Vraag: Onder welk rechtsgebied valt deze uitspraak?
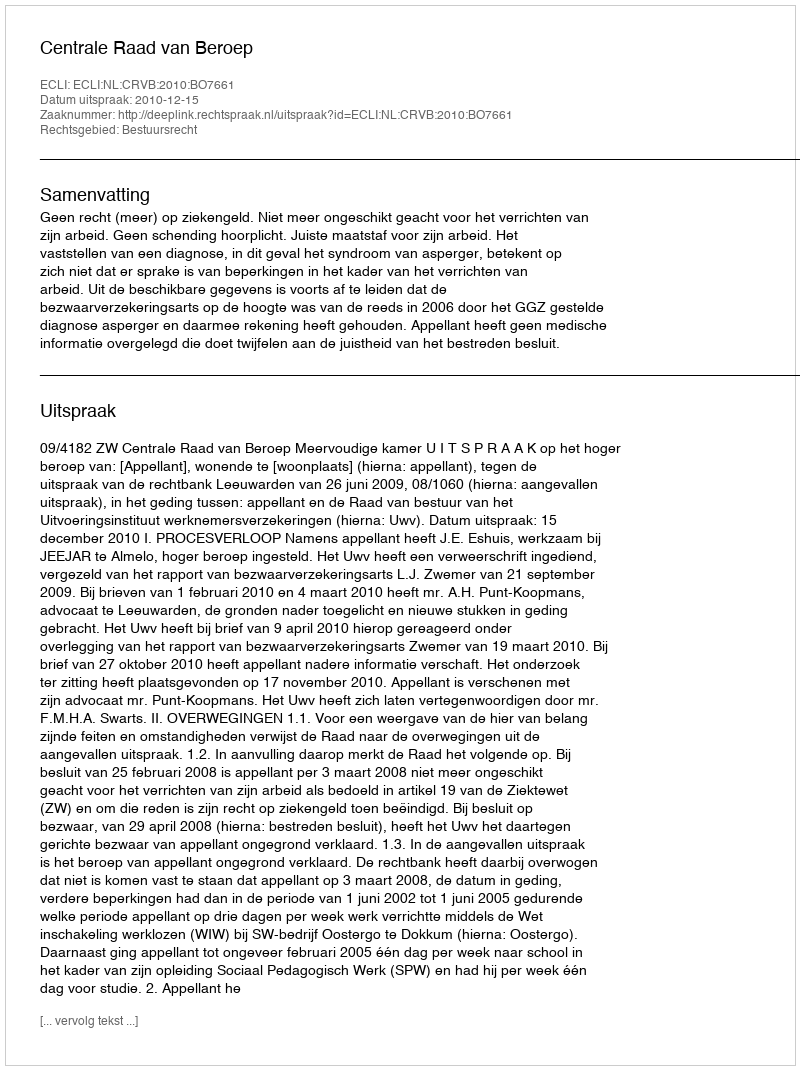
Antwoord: Bestuursrecht